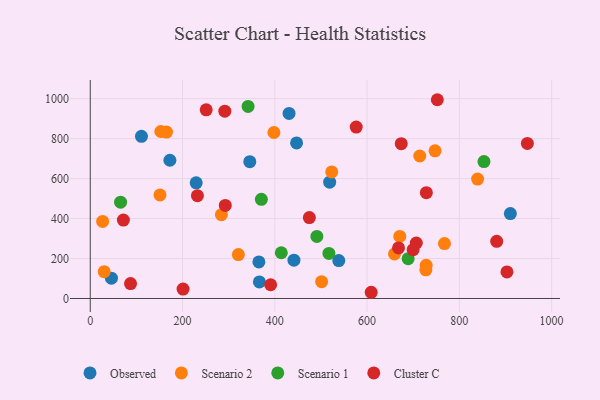
{"axis": {"x": "Study Hours", "y": "Profit"}, "legend": ["Cluster C", "Observed", "Scenario 1", "Scenario 2"], "data": [{"x": "441.5", "y": 191.8, "type": "Observed"}, {"x": "172.6", "y": 691.9, "type": "Observed"}, {"x": "45.9", "y": 101.9, "type": "Observed"}, {"x": "111.0", "y": 811.4, "type": "Observed"}, {"x": "366.6", "y": 82.8, "type": "Observed"}, {"x": "345.8", "y": 684.9, "type": "Observed"}, {"x": "518.9", "y": 582.3, "type": "Observed"}, {"x": "447.2", "y": 778.7, "type": "Observed"}, {"x": "538.7", "y": 189.9, "type": "Observed"}, {"x": "430.9", "y": 926.0, "type": "Observed"}, {"x": "365.5", "y": 183.0, "type": "Observed"}, {"x": "229.6", "y": 578.6, "type": "Observed"}, {"x": "910.6", "y": 424.8, "type": "Observed"}, {"x": "747.3", "y": 738.8, "type": "Scenario 2"}, {"x": "714.2", "y": 713.0, "type": "Scenario 2"}, {"x": "839.6", "y": 597.5, "type": "Scenario 2"}, {"x": "165.3", "y": 832.8, "type": "Scenario 2"}, {"x": "30.2", "y": 134.3, "type": "Scenario 2"}, {"x": "523.4", "y": 633.2, "type": "Scenario 2"}, {"x": "670.9", "y": 310.4, "type": "Scenario 2"}, {"x": "767.8", "y": 274.7, "type": "Scenario 2"}, {"x": "321.0", "y": 219.9, "type": "Scenario 2"}, {"x": "728.2", "y": 166.4, "type": "Scenario 2"}, {"x": "284.3", "y": 419.5, "type": "Scenario 2"}, {"x": "152.9", "y": 835.8, "type": "Scenario 2"}, {"x": "26.8", "y": 385.8, "type": "Scenario 2"}, {"x": "398.1", "y": 830.7, "type": "Scenario 2"}, {"x": "727.4", "y": 143.2, "type": "Scenario 2"}, {"x": "501.5", "y": 84.3, "type": "Scenario 2"}, {"x": "151.1", "y": 518.5, "type": "Scenario 2"}, {"x": "659.5", "y": 223.0, "type": "Scenario 2"}, {"x": "853.4", "y": 685.1, "type": "Scenario 1"}, {"x": "370.9", "y": 496.3, "type": "Scenario 1"}, {"x": "689.1", "y": 199.2, "type": "Scenario 1"}, {"x": "65.7", "y": 481.8, "type": "Scenario 1"}, {"x": "342.1", "y": 961.1, "type": "Scenario 1"}, {"x": "517.3", "y": 225.5, "type": "Scenario 1"}, {"x": "414.1", "y": 228.8, "type": "Scenario 1"}, {"x": "491.2", "y": 310.4, "type": "Scenario 1"}, {"x": "947.5", "y": 776.2, "type": "Cluster C"}, {"x": "706.7", "y": 277.6, "type": "Cluster C"}, {"x": "903.2", "y": 133.0, "type": "Cluster C"}, {"x": "232.3", "y": 514.5, "type": "Cluster C"}, {"x": "391.0", "y": 68.7, "type": "Cluster C"}, {"x": "881.0", "y": 286.3, "type": "Cluster C"}, {"x": "291.7", "y": 937.3, "type": "Cluster C"}, {"x": "251.3", "y": 944.2, "type": "Cluster C"}, {"x": "474.9", "y": 404.9, "type": "Cluster C"}, {"x": "668.2", "y": 252.8, "type": "Cluster C"}, {"x": "752.3", "y": 994.7, "type": "Cluster C"}, {"x": "71.8", "y": 392.6, "type": "Cluster C"}, {"x": "576.5", "y": 857.8, "type": "Cluster C"}, {"x": "292.7", "y": 465.5, "type": "Cluster C"}, {"x": "87.3", "y": 74.7, "type": "Cluster C"}, {"x": "674.1", "y": 774.6, "type": "Cluster C"}, {"x": "728.5", "y": 529.7, "type": "Cluster C"}, {"x": "699.9", "y": 244.2, "type": "Cluster C"}, {"x": "201.2", "y": 47.1, "type": "Cluster C"}, {"x": "609.0", "y": 31.1, "type": "Cluster C"}]}